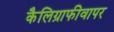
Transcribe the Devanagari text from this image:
कैलिग्राफीवापर